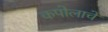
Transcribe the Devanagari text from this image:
कपोलाचे